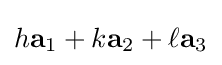
h\mathbf {a} _{1}+k\mathbf {a} _{2}+\ell \mathbf {a} _{3}